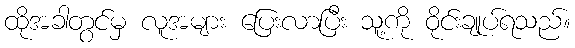
ထိုအခါတွင်မှ လူအများ ပြေးလာပြီး သူ့ကို ဝိုင်းချုပ်ရသည်။